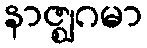
နာဇ္ဈဂမာ